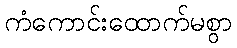
ကံကောင်းထောက်မစွာ